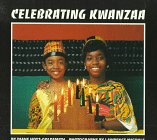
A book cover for Celebrating Kwanzaa; Diane Hoyt-Goldsmith; Children's Books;